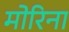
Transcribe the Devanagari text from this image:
मोरिना